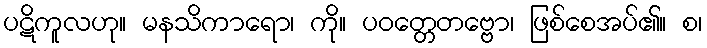
ပဋိကူလဟု။ မနသိကာရော၊ ကို။ ပဝတ္တေတဗ္ဗော၊ ဖြစ်စေအပ်၏။ စ၊